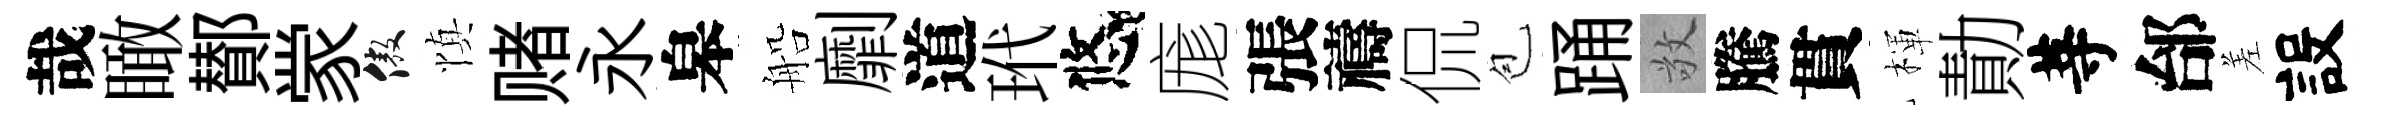
哉瞰鄼䝉傲慎赌永皋船劘道玳悠庬張禱侃苞踊敬騰貫楎勣䓁邰差設